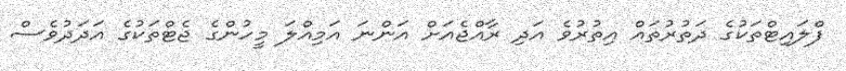
ފްލައިޓްތަކުގެ ދަތުރުތައް އިތުރުވެ އަދި ރާއްޖެއަށް އަންނަ އަމިއްލަ މީހުންގެ ޖެޓްތަކުގެ އަދަދުވެސް